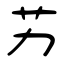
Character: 艻